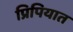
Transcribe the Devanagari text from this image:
प्रिपियात